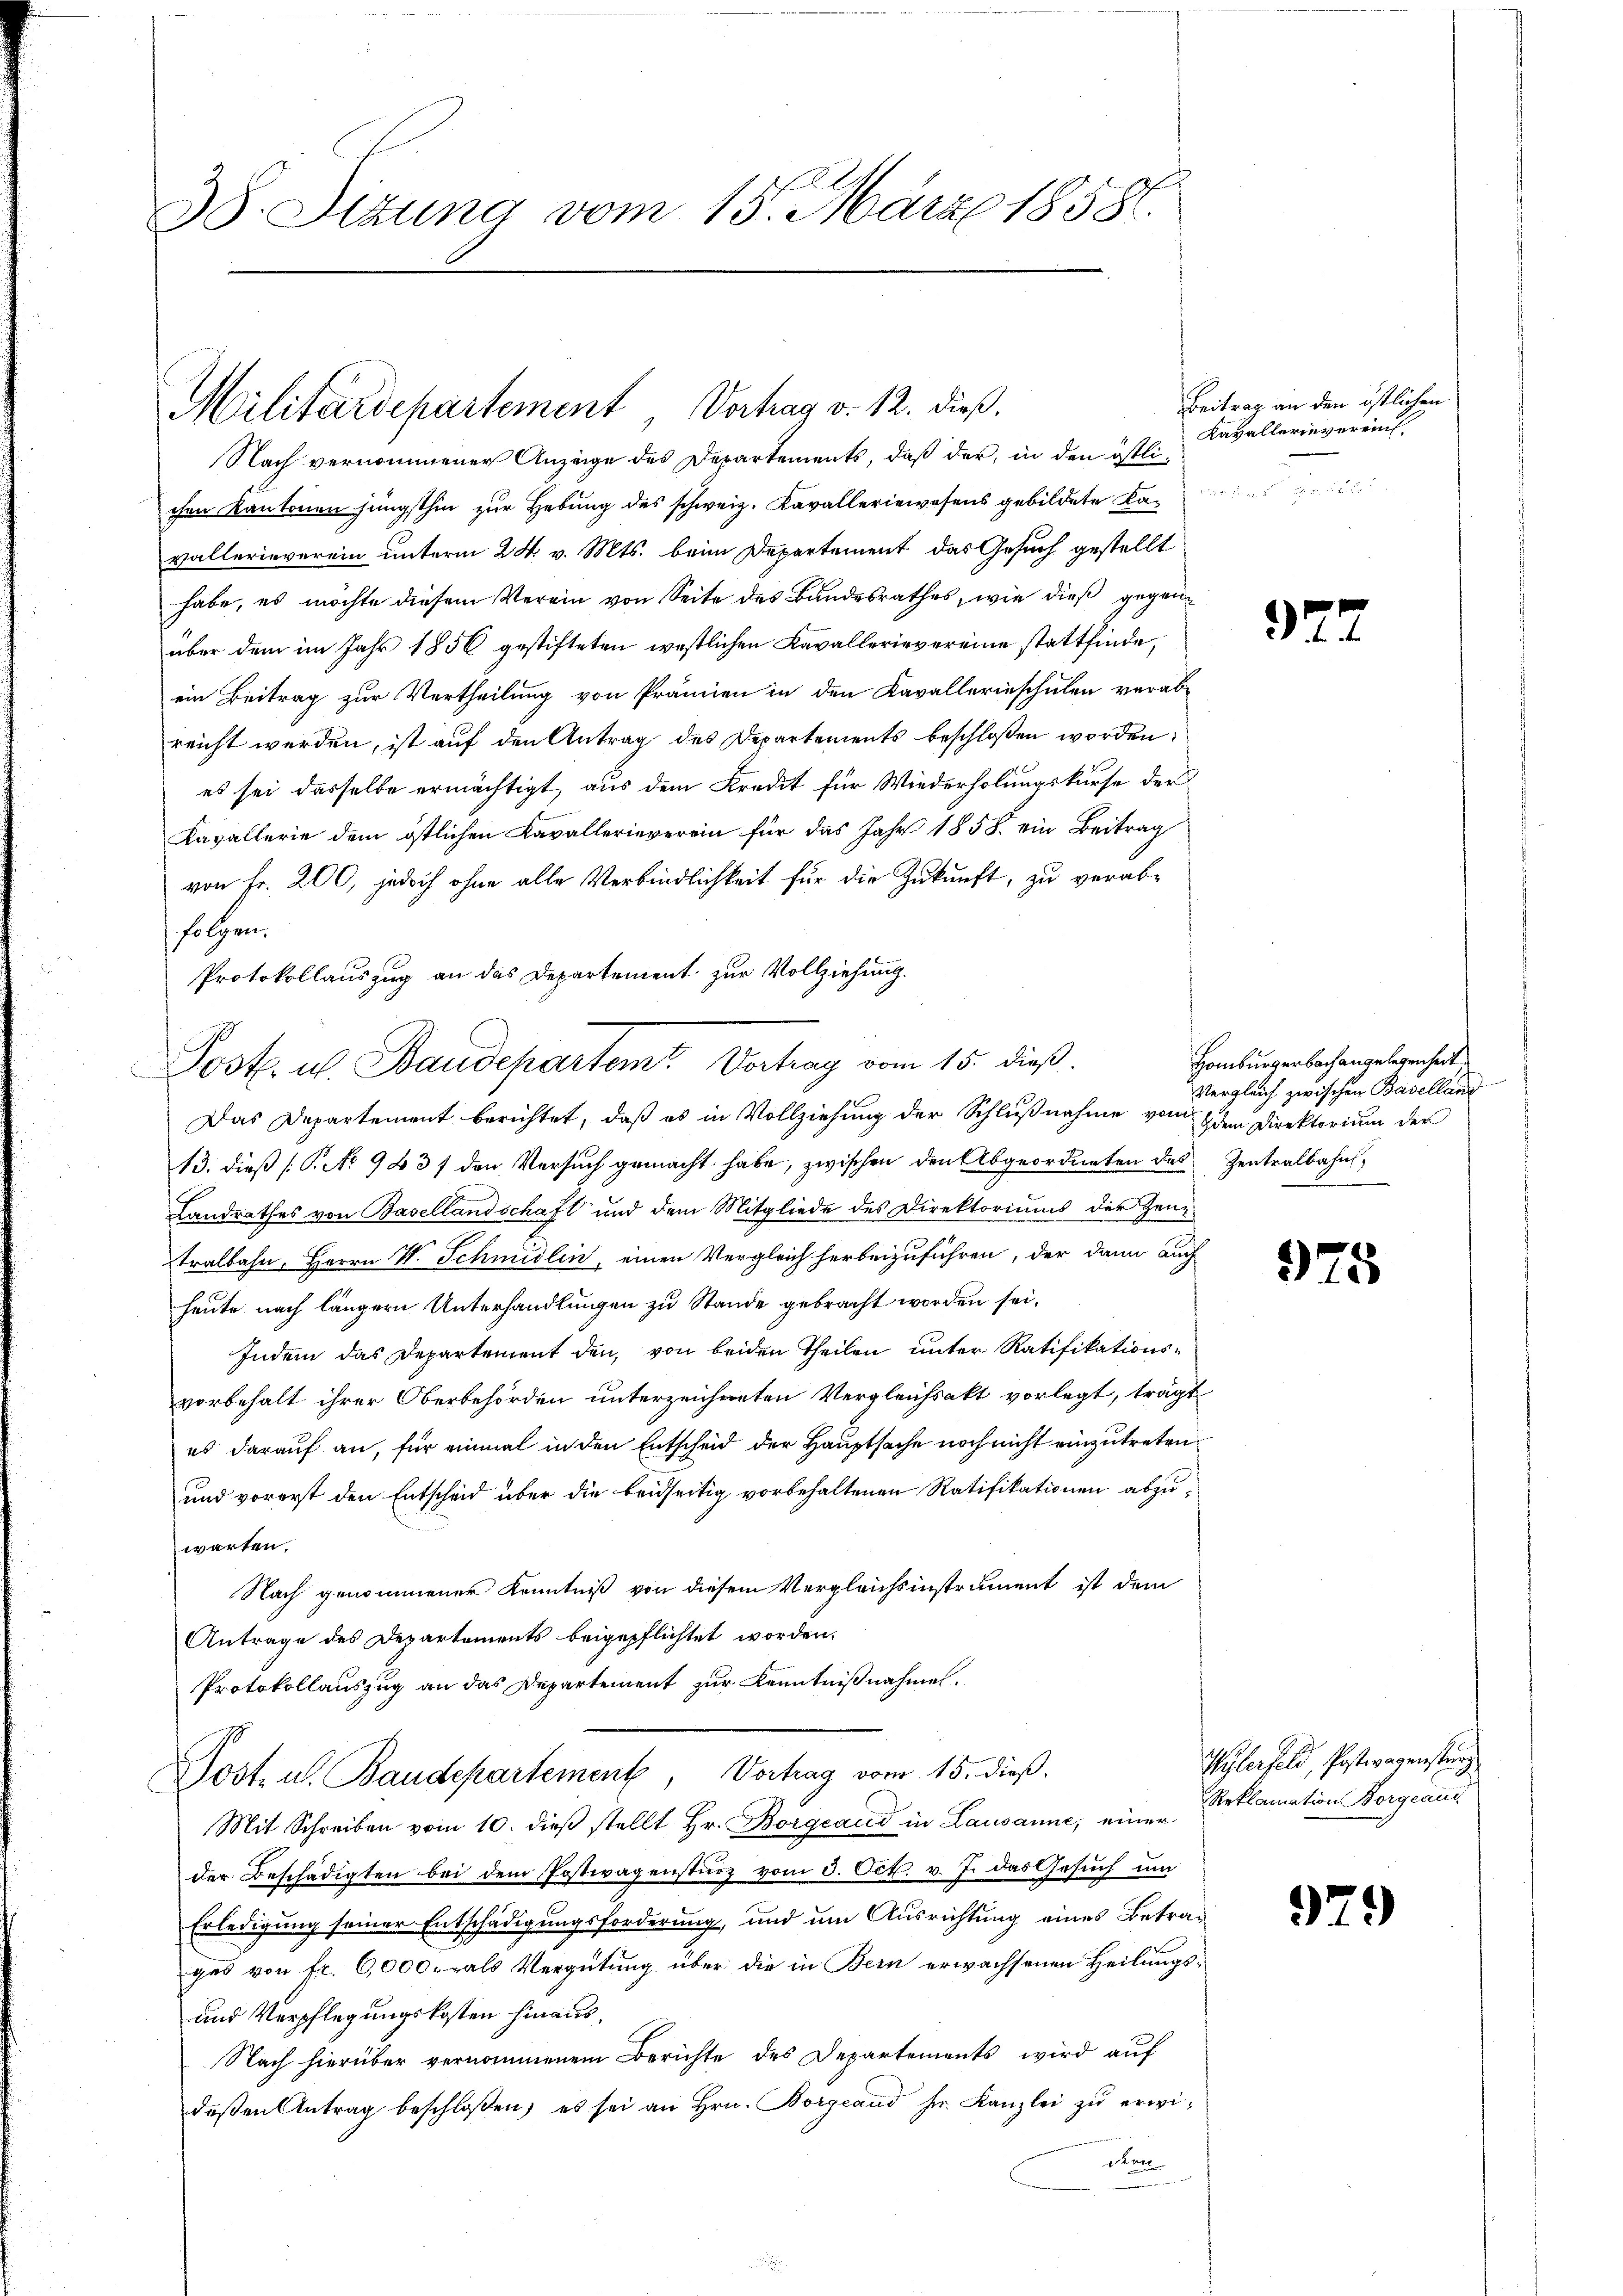
38. Sitzung vom 15. März 1858.

Militärdepartement Vertrag v. 12. dieß.

Nach vernommener Anzeige des Departements, daß der, in den östlichen Kantonen jüngsthin zur Hebung des schweiz. Kavalleriewesens gebildete Kas
vallerieverein unterm 24. v. Mts. beim Departement das Gesuch gestellt
habe, es möchte diesem Verein von Seite des Bandesrathes, wie dieß gegenüber dem im Jahr 1856 gestifteten westlichen Kavallerievereine stattfinde,
ein Beitrag zur Vertheilung von Prämien in den Kavallerinschulen verabreicht werden, ist auf den Antrag des Departements beschloßen worden,
es sei dasselbe ermächtigt, aus dem Kredit für Wiederholungskurse der
Kavallerie dem östlichen Kavallerieverein für das Jahr 1858 ein Beitrag
von Fr. 200, jedoch ohne alle Verbindlichkeit für die Zukunft; zu verabfolgen.
Das Departement berichtet, daß es in Vollziehung der Schlußnahme vom 6 dem Direktorium der
13. dieß (T. No 943 f den Versuch gemacht habe, zwischen den Abgeordneten des Zentralbahn
Landrathes von Basellandschaft und dem Mitgliede des Direktoriums der Zeug-
tralbahn, Herrn V. Schmidlin, einen Vergleich herbeizuführen, der dann auch
heute nach längern Unterhandlungen zu Stande gebracht worden sei.
Indem das Departement den, von beiden Theilen unter Ratifikations-
vorbehalt ihrer Oberbehörden unterzeichneten Vergleichsakt vorlegt, trägt
es darauf an, für einmal in den Entscheid der Hauptsache noch nicht einzutreten
und vorerst den Entscheid über die beidseitig vorbehaltenen Ratifikationen abzuwarten.
Nach genommener Kenntniß von diesem Vergleichsinstrument ist dem
Antrage des Departements beigepflichtet worden.
Protokollauszug an das Departement zur Kenntnißnahmen.
Post. u. Baudepartement, Vortrag vom 15. dieß.
Mit Schreiben vom 10. dieβ stellt Hr. Borgeaud in Lausanne, einen Reklamation Borgeaud
der Beschädigten bei dem Postwagensturz vom 3. Oct. v. J. das Gesuch um
Erledigung seiner Entschädigungsforderung, und um Ausrichtung eines Betrages von fr. 6,000. als Vergütung über die in Bern erwachsenen Heilungs¬
und Verpflegungskosten hinaus,
Nach hierüber vernommenem Berichte des Departements wird auf
deßen Antrag beschloßen, es sei an Hrn. Borgeaud hr. Kanzlei zu erwidauer
.

Protokollauszug an das Departement zur Vollziehung.
Post. u. Baudepartem Vertrag vom 15. dieß.

Beitrag an den östlichen
Kavallerievereinf

97

Homburgerbach angelegenheit,
Vergleich zwischen Baselland

975

Wylerfeld, Postwagenstung

37

)